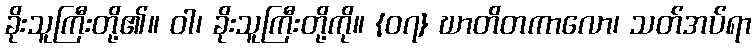
ခိုးသူကြီးတို့၏။ ဝါ၊ ခိုးသူကြီးတို့ကို။ {၀၇} ဃာတိတကာလော၊ သတ်အပ်ရာ